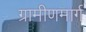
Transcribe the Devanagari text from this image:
ग्रामीणमार्ग